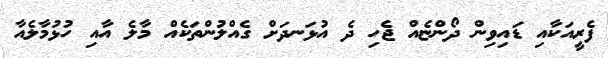
ފެރީއަކާއި ޑައިވިން ދޯންޏެއް ޖެހި ދެ އުޅަނދަށް ގެއްލުންތަކެއް މާލެ އާއި ހުޅުމާލެއާ